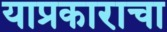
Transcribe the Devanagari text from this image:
याप्रकाराचा